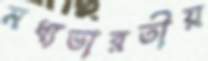
মধ্যভারতীয়